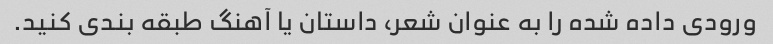
ورودی داده شده را به عنوان شعر، داستان یا آهنگ طبقه بندی کنید.